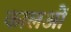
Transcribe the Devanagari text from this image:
कालओं